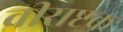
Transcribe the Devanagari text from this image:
वीराष्टक